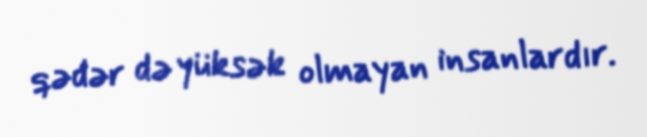
qədər də yüksək olmayan insanlardır.